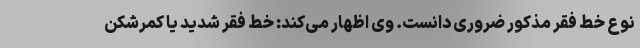
نوع خط فقر مذکور ضروری دانست. وی اظهار می‌کند: خط فقر شدید یا کمرشکن